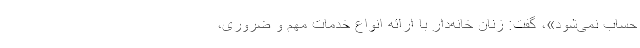
حساب نمی‌شود»، گفت: زنان خانه‌دار با ارائه انواع خدمات مهم و ضروری،